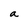
Character: a